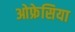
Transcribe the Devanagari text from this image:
ओफ्रेसिया